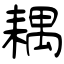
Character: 耦